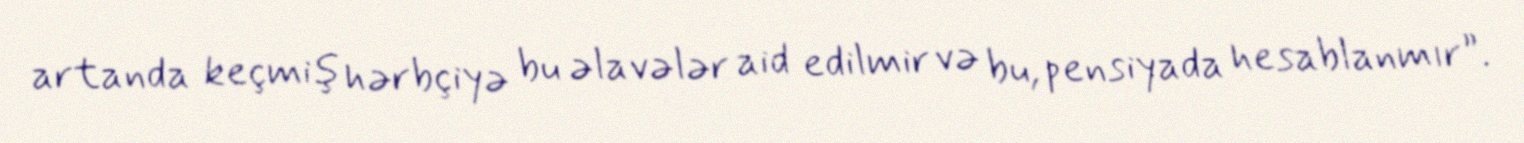
artanda keçmiş hərbçiyə bu əlavələr aid edilmir və bu, pensiyada hesablanmır”.